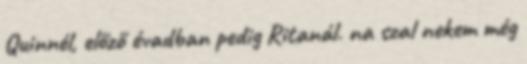
Quinnél, előző évadban pedig Ritanál. na szal nekem még